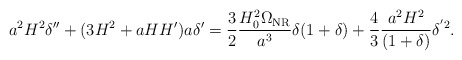
\begin{align*}a^2 H^2 \delta'' + ( 3 H^2 + aHH') a \delta' = \frac{3}{2} \frac{H_0^2 \Omega_{\rm NR}}{a^3} \delta(1+\delta) + \frac{4}{3} \frac{a^2H^2}{(1+\delta)} \delta^{'2}.\end{align*}